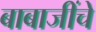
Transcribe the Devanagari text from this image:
बाबाजींचे